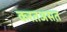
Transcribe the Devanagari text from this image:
करतअसत